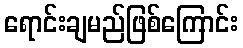
ရောင်းချမည်ဖြစ်ကြောင်း